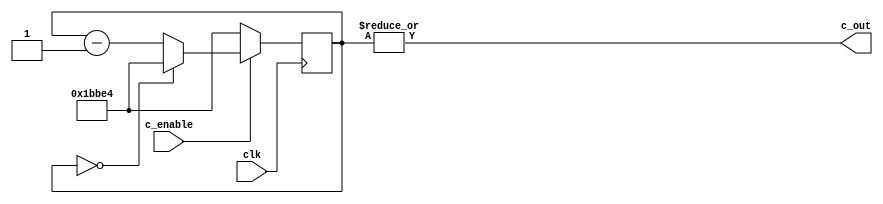
`timescale 1ns / 1ps
//////////////////////////////////////////////////////////////////////////////////
// Company: 
// Engineer: 
// 
// Design Name: 
// Module Name:    counter 
// Project Name: 
// Target Devices: 
// Tool versions: 
// Description: 
//
// Dependencies: 
//
// Revision: 
// Revision 0.01 - File Created
// Additional Comments: 
//
//////////////////////////////////////////////////////////////////////////////////
module counter
	#(parameter CLK_DIVIDER=100000000/440/2) (
	input clk,
	input c_enable,
	output  c_out
    );

reg [23:0] counter_res;

always @(posedge clk ) begin 
	if (c_enable == 0) counter_res <= CLK_DIVIDER;
	else if(counter_res==0) counter_res <= CLK_DIVIDER; 
	else counter_res <= counter_res-1;
end


assign c_out = |counter_res;
endmodule